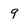
Character: 9